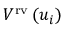
V ^ { \mathrm { { r v } } } \left( u _ { i } \right)